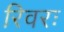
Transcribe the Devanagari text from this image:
रिवरः